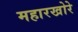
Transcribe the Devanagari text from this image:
महारखोरे